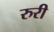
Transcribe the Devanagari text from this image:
रुरी